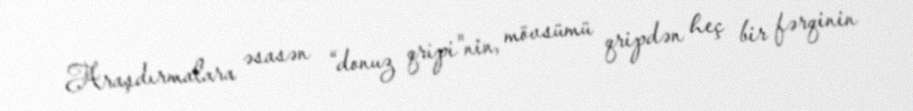
Araşdırmalara əsasən “donuz qripi”nin, mövsümü qripdən heç bir fərqinin